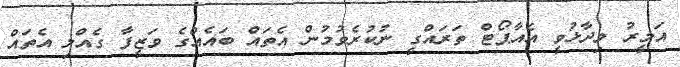
އަމީރު ވިދާޅުވީ އެއާޕޯޓް ތަރައްގީ ނުކުރެވުމުން އެތައް ބައެއްގެ ވަޒީފާ ގެއްލި އެތައް